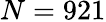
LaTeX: N=921